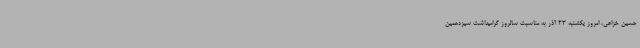
حسین خزاعی، امروز یکشنبه 23 آذر به مناسبت سالروز گرامیداشت سیزدهمین